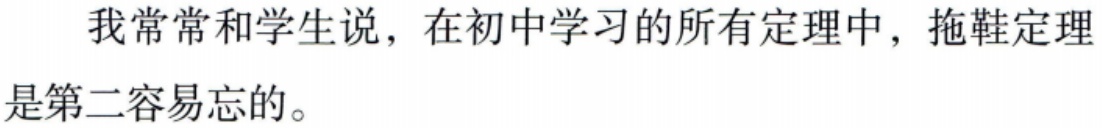
我常常和学生说，在初中学习的所有定理中，拖鞋定理是第二容易忘的。